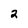
Character: 2